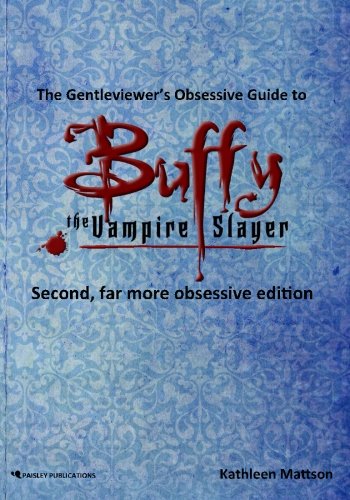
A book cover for The Gentleviewer's Obsessive Guide to Buffy the Vampire Slayer, Second Edition; Kathleen Mattson; Humor & Entertainment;